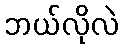
ဘယ်လိုလဲ